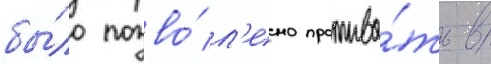
бы́ло позво́л'ено прожива́ть в